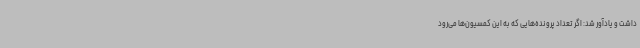
داشت و یادآور شد: اگر تعداد پرونده‌هایی که به این کمسیون‌ها می‌رود